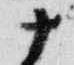
十